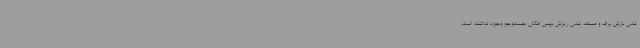
شدن بارش برف و مستعد شدن ریزش بهمن امکان جست‌وجو وجود نداشته است.